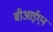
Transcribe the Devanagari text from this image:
बीआईएन